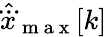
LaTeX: \hat{\dddot{x}}_{\mathrm{~m~a~x~}}[k]